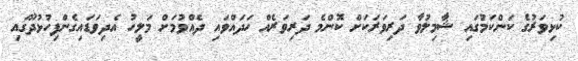
ކުޅިވަރުގެ ކަންކަމުގައި ޝާމިލުވާ ދަރިވަރަކަށް ކޮންމެ ދަރިވަރެއް ހަދައްވައި ދެއްވުމަށް މަލީހު އެދިވަޑައިގެންފިހުޅުދޫގައި